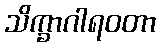
သိက္ခာဂါရဝတာ